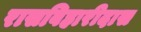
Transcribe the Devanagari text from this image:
रासबिहारीदास